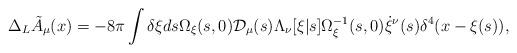
LaTeX: \begin{align*}\Delta_L{\tilde A}_\mu(x) = - 8\pi \int \delta \xi ds \Omega_\xi(s,0) {\cal D}_\mu(s) \Lambda_\nu[\xi|s] \Omega^{-1}_\xi(s,0) \dot{\xi}^\nu(s) \delta^4(x-\xi(s)),\end{align*}